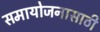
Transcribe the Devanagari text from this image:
समायोजनासाठी